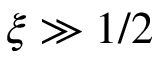
\xi \gg 1 / 2